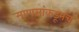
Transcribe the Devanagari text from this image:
माणसांकडूनच